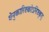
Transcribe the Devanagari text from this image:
धेनुकारिष्टकोऽनिष्टकृद्